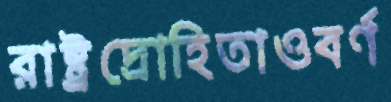
রাষ্ট্রদ্রোহিতাওবর্ণ